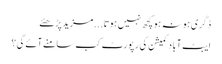
ڈگری ہو نہ ہو کچھ نہیں ہوتا...	مزید پڑھئے
ایبٹ آباد کمیشن کی رپورٹ کب سامنے آئے گی؟